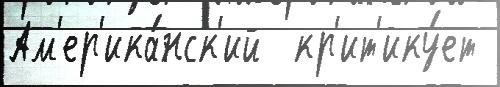
Ам'ер'ика́нск'ий  кр'ит'ику́ет